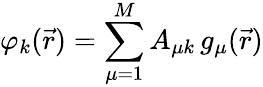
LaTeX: \varphi_{k}(\vec{r})=\sum_{\mu=1}^{M}A_{\mu k}\, g_{\mu}(\vec{r})